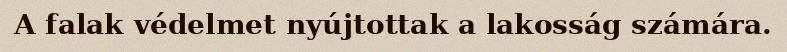
A falak védelmet nyújtottak a lakosság számára.